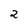
Character: 2